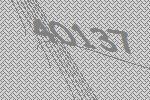
40137